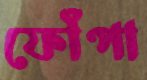
ফোঁপা